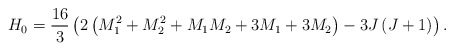
\begin{align*}H_0={16\over 3}\left(2\left(M_1^2+M_2^2+M_1M_2+3M_1+3M_2\right)-3J\left(J+1\right) \right).\end{align*}